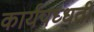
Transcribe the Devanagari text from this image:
कार्यपध्धती